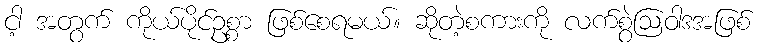
ငါ့ အတွက် ကိုယ်ပိုင်ဥစ္စာ ဖြစ်စေရမယ်။ ဆိုတဲ့စကားကို လက်စွဲဩဝါဒအဖြစ်